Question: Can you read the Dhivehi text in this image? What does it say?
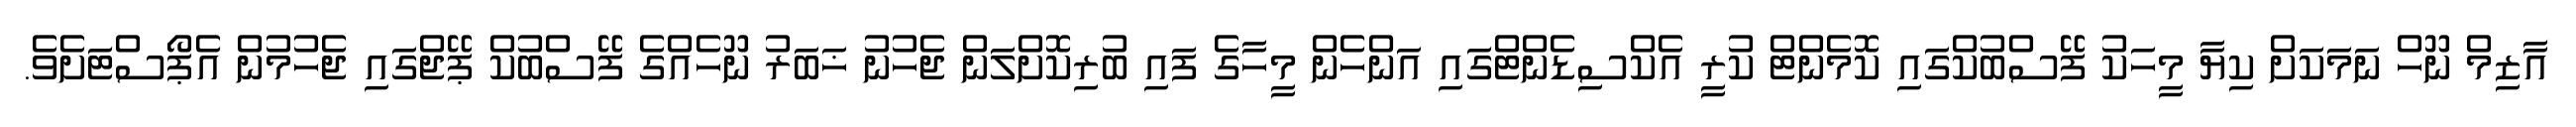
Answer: އާޒިމް ނޫހް ނަމަކަށް ކިޔާ މީހަކު ފޭސްބުކްގައި ކޮމެންޓް ކުރީ އެކްސިޑެންޓްގައި އަންހެން މީހާގެ ފައި ބުރިކޮށްލަން ޖެހުނު ޚަބަރު ނޫހެއްގެ ފޭސްބުކް ޕޭޖްގައި ޖެހުމުން އެޕޯސްޓަށެވެ.